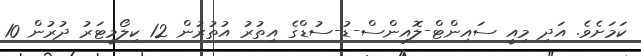
ކަމަށެވެ. އަދި މިއީ ސައިންޓް-ލޮއިންސް-ޑު-ސުޑްގެ އިތުރު އުތުރުން 12 ކިލޯމީޓަރު ދުރުން 10